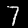
Digit: 7